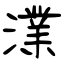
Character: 澲